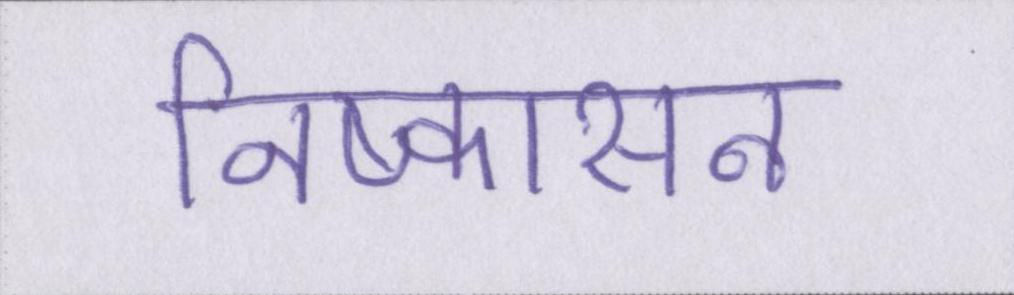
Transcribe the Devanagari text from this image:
निष्कासन